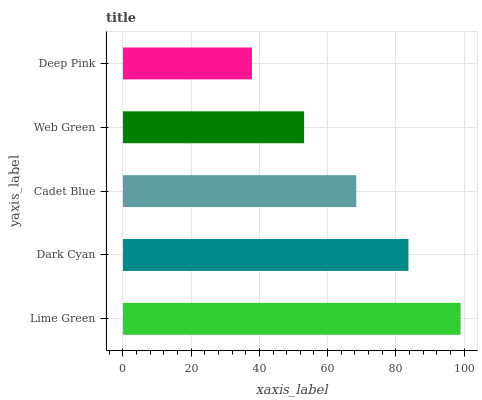
| yaxis_label | bars |
 | --- | --- |
 | Lime Green | 99 |
 | Dark Cyan | 83.7 |
 | Cadet Blue | 68.4 |
 | Web Green | 53.1 |
 | Deep Pink | 37.8 |